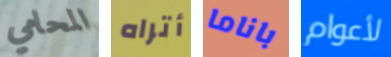
المحامي أتراه باناما لأعوام